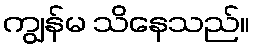
ကျွန်မ သိနေသည်။